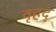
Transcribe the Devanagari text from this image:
वृहद्‌